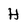
Character: H